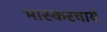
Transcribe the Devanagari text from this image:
भास्करचार्य